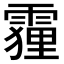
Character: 𮦦